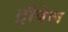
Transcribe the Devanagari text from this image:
ट्रौवेल